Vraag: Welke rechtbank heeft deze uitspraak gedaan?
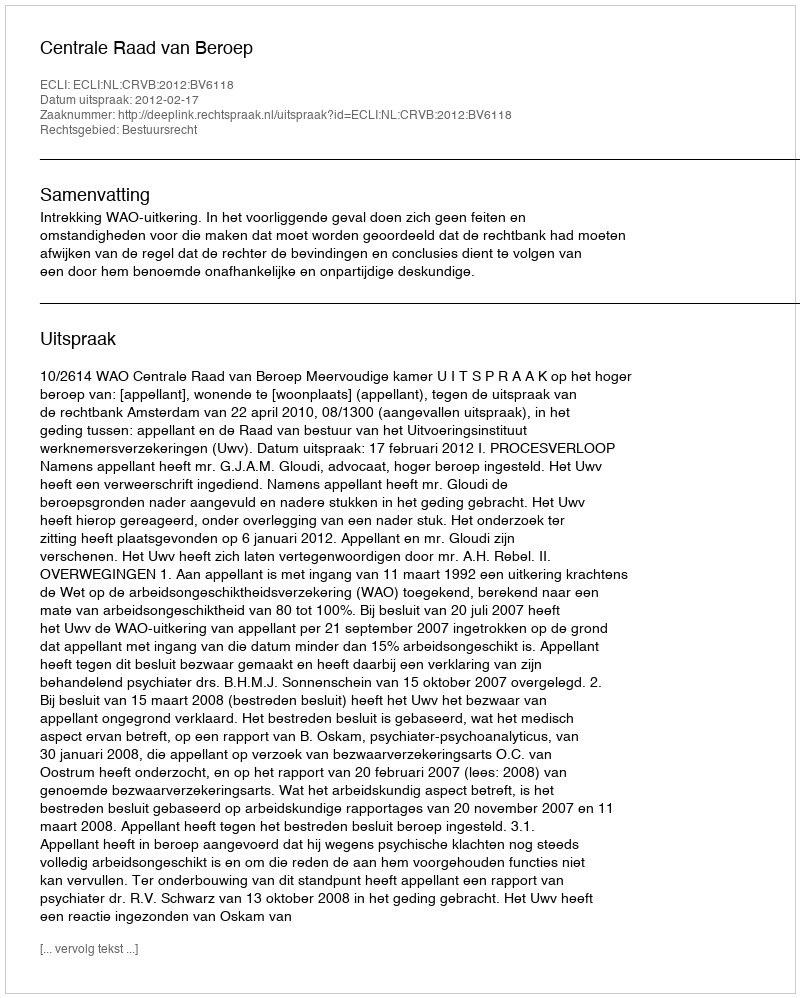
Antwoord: Centrale Raad van Beroep